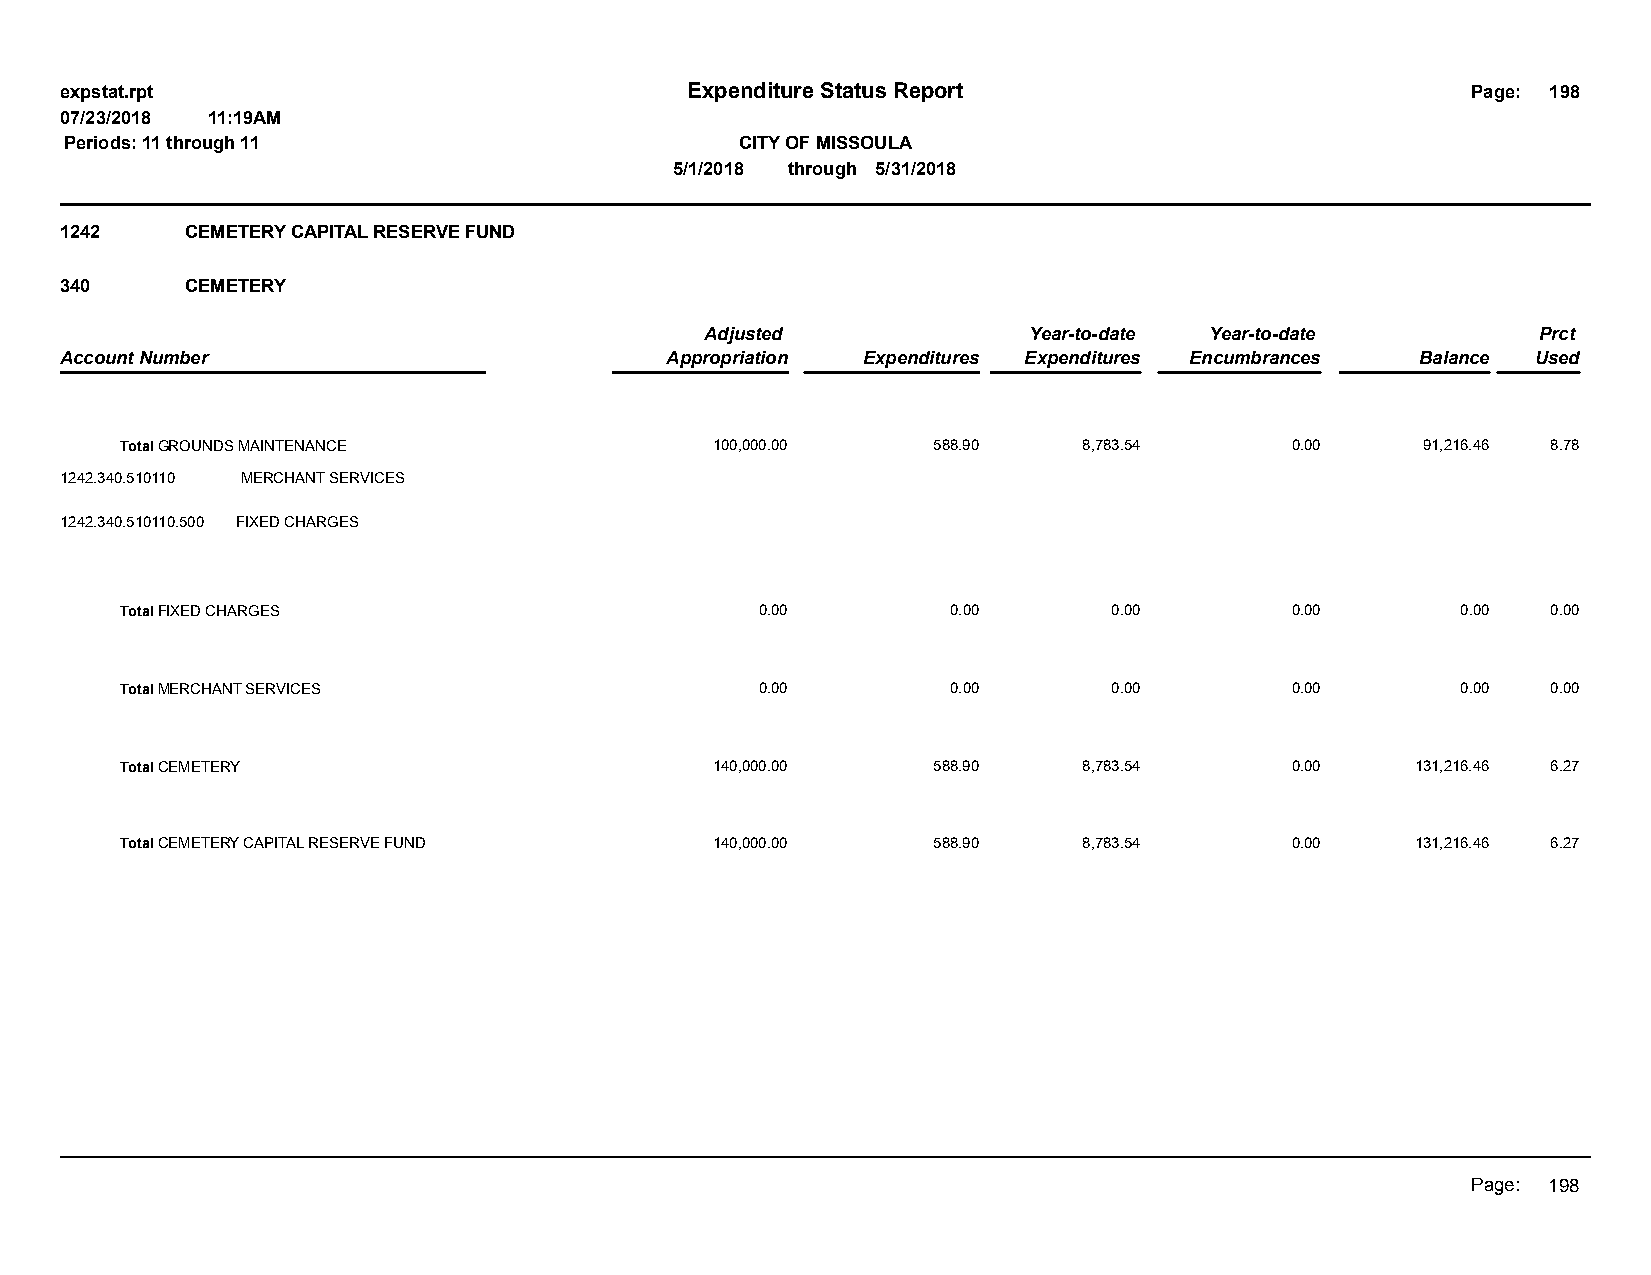
expstat.rpt                              Expenditure Status Report                           Page: 198
 07/23/2018 11:19AM
 Periods: 11 through 11                       CITY OF MISSOULA
 5/1/2018 through 5/31/2018
 1242    CEMETERY CAPITAL RESERVE FUND
 340     CEMETERY
 Adjusted             Year-to-date Year-to-date         Prct
 Account Number                          Appropriation Expenditures Expenditures Encumbrances Balance Used
 Total GROUNDS MAINTENANCE              100,000.00     588.90    8,783.54     0.00     91,216.46 8.78
 1242.340.510110 MERCHANT SERVICES
 1242.340.510110.500 FIXED CHARGES
 Total FIXED CHARGES                       0.00         0.00       0.00       0.00        0.00  0.00
 Total MERCHANT SERVICES                   0.00         0.00       0.00       0.00        0.00  0.00
 Total CEMETERY                         140,000.00     588.90    8,783.54     0.00     131,216.46 6.27
 Total CEMETERY CAPITAL RESERVE FUND    140,000.00     588.90    8,783.54     0.00     131,216.46 6.27
 Page: 198